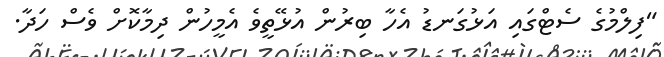
"ފިލްމުގެ ސެޓްގައި އަޅުގަނޑު އެހާ ބިރުން އުޅޭތީވެ އެމީހުން ދިމާކޮށް ވެސް ހަދާ.